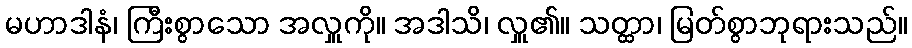
မဟာဒါနံ၊ ကြီးစွာသော အလှူကို။ အဒါသိ၊ လှူ၏။ သတ္ထာ၊ မြတ်စွာဘုရားသည်။